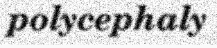
polycephaly